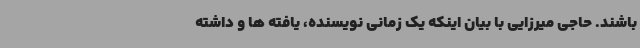
باشند. حاجی میرزایی با بیان اینکه یک زمانی نویسنده، یافته ها و داشته